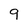
Character: 9